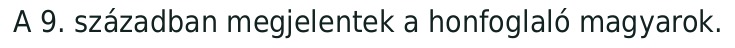
A 9. században megjelentek a honfoglaló magyarok.